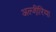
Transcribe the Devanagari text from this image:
अल्जी़रिया